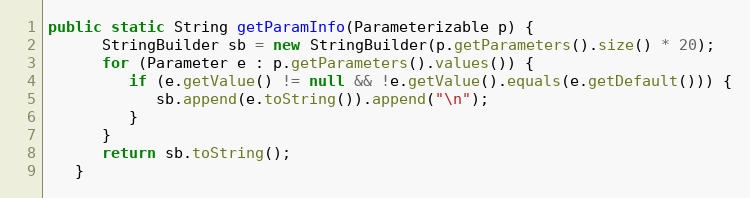
Language: Java
public static String getParamInfo(Parameterizable p) {
      StringBuilder sb = new StringBuilder(p.getParameters().size() * 20);
      for (Parameter e : p.getParameters().values()) {
         if (e.getValue() != null && !e.getValue().equals(e.getDefault())) {
            sb.append(e.toString()).append("\n");
         }
      }
      return sb.toString();
   }